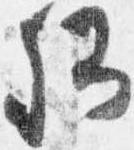
卿